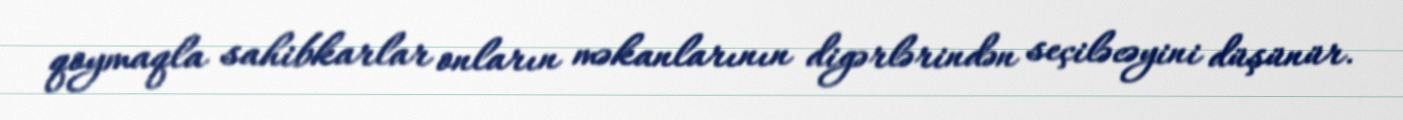
qoymaqla sahibkarlar onların məkanlarının digərlərindən seçiləcəyini düşünür.